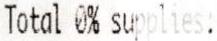
TOTAL 0% SUPPLIES: